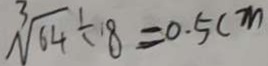
\sqrt [ 3 ] { 6 4 } \div 8 = 0 . 5 c m